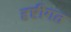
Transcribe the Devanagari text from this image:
दृष्टीगत